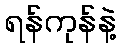
ရန်ကုန်နဲ့